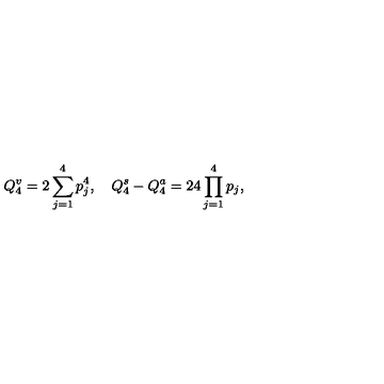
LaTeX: Q _ { 4 } ^ { v } = 2 \sum _ { j = 1 } ^ { 4 } p _ { j } ^ { 4 } , \quad Q _ { 4 } ^ { s } - Q _ { 4 } ^ { a } = 2 4 \prod _ { j = 1 } ^ { 4 } p _ { j } ,